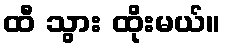
ထီ သွား ထိုးမယ်။